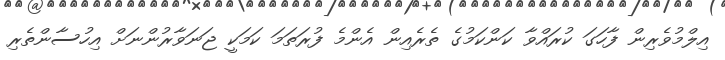
އިލްމުވެރިން ފާހަގަ ކުރައްވާ ކަންކަމުގެ ތެރެއިން އެންމެ ފުރަތަމަ ކަމަކީ ޖަނަވާރުންނަށް އިހުސާންތެރި